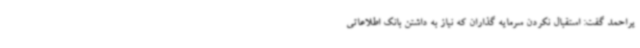
یراحمد گفت: استقبال نکردن سرمایه گذاران که نیاز به داشتن بانک اطلاعاتی